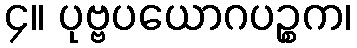
၄။ ပုဗ္ဗပယောဂပဉ္စက၊